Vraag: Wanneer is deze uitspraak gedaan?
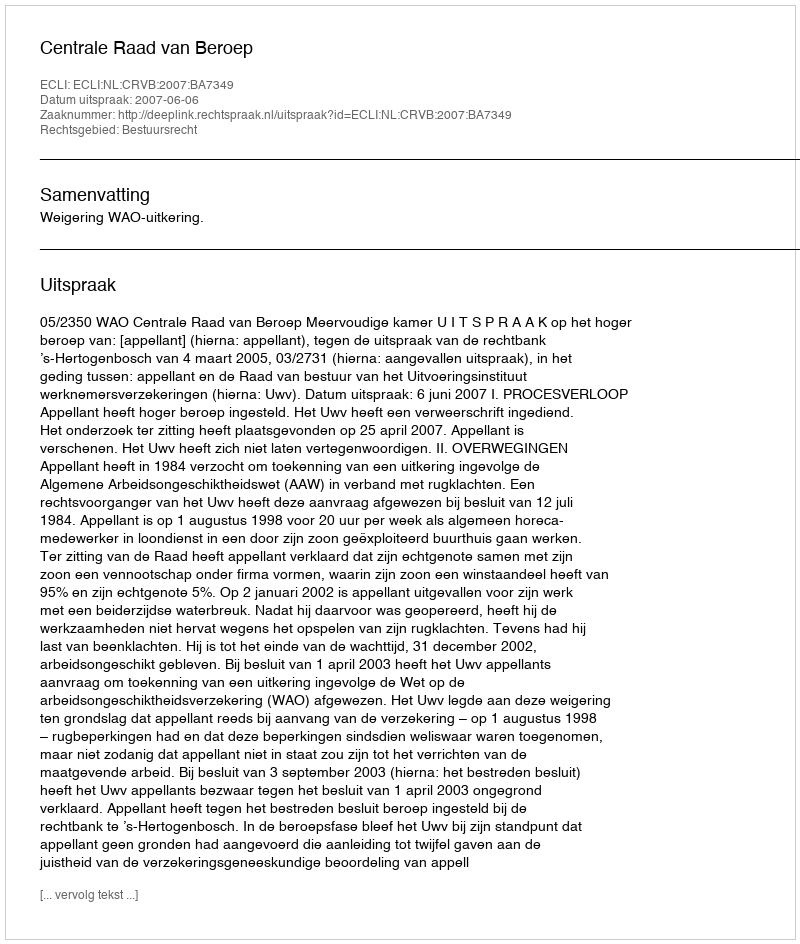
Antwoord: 2007-06-06